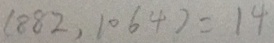
( 8 8 2 , 1 0 6 4 ) = 1 4